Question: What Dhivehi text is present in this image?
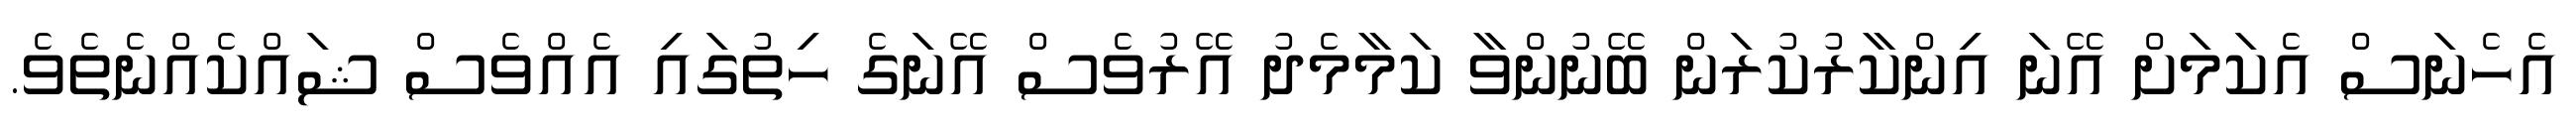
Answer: އެހެނަސް އެކަމަށް އޭނަ އިންކާރުކުރަން ބޭނުންވާ ކަމާމެދު އޭރުވެސް އޭނަގެ ހިތުގައި އެއްވެސް ޝައްކެއްނެތެވެ.